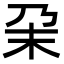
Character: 㭆